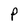
Character: P